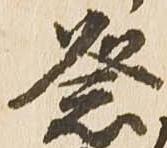
祭